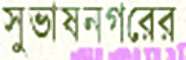
সুভাষনগরের